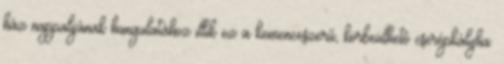
ház nappalijának hangulatához illik ez a kemenceszerű, körbeülhető cserépkályha.